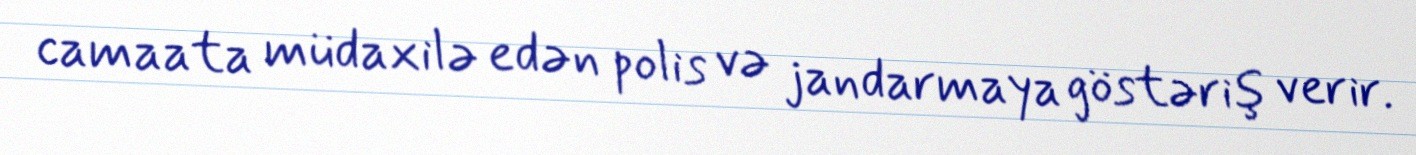
camaata müdaxilə edən polis və jandarmaya göstəriş verir.